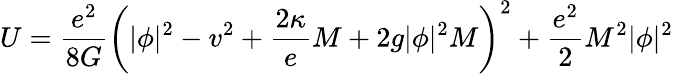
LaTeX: U=\frac{e^{2}}{8G}\left(|\phi|^{2}-v^{2}+\frac{2\kappa}eM+2g|\phi|^{2}M\right)^{2}+\frac{e^{2}}2M^{2}|\phi|^{2}